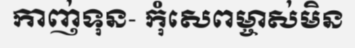
កាញ់ទុន- កុំសេពម្ចាស់មិន